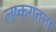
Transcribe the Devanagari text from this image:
लष्करातला